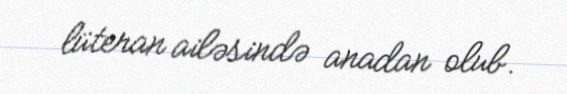
lüteran ailəsində anadan olub.